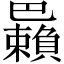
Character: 𢁑